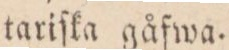
tariſka gåfwa.